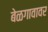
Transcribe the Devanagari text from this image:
बेळगावावर